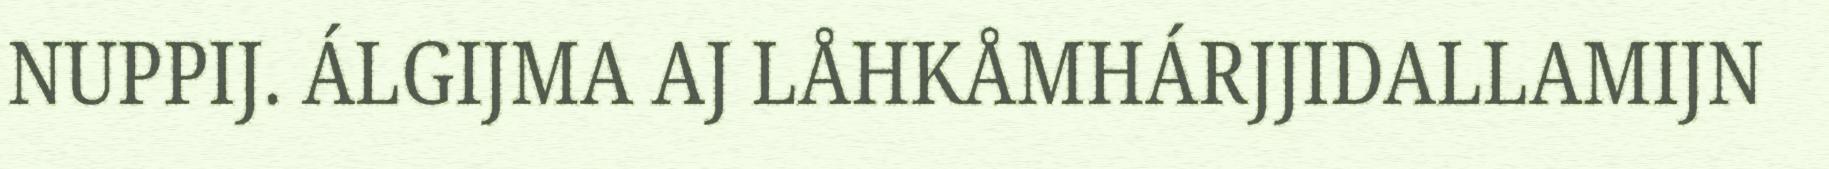
NUPPIJ. ÁLGIJMA AJ LÅHKÅMHÁRJJIDALLAMIJN